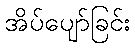
အိပ်ပျော်ခြင်း